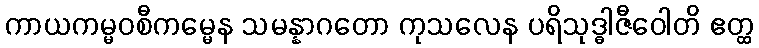
ကာယကမ္မဝစီကမ္မေန သမန္နာဂတော ကုသလေန ပရိသုဒ္ဓါဇီဝေါတိ ဧတ္ထ